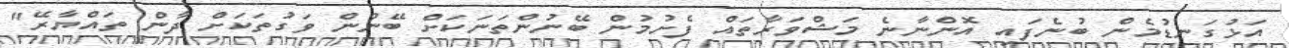
އަޅުގަނޑުމެން ބުނެފައި އޮންނާނެ މަޝްވަރާތައް ފެށުމުން ބޭނުންތަނަކަށް ބޭނުން ވަގުތަކަށް ދާން ތައްޔާރޭ"